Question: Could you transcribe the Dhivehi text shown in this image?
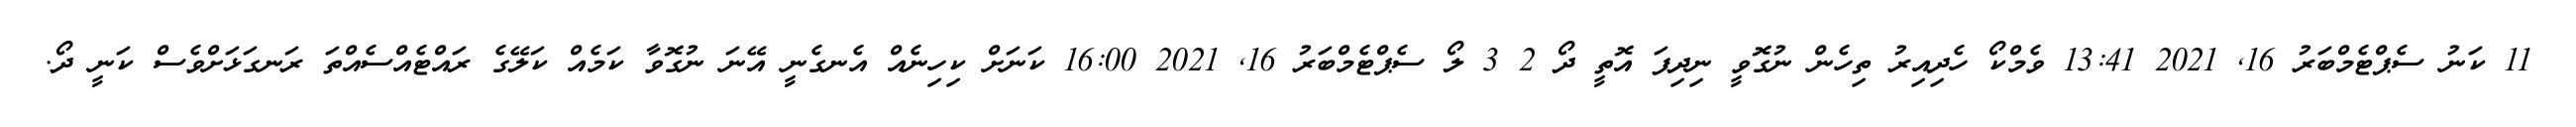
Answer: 11 ކަނު ސެޕްޓެމްބަރު 16, 2021 13:41 ވެމްކޯ ހެދިއިރު ތިހެން ނުގޮވީ ނިދިފަ އޮތީ ދޯ 2 3 ލޯ ސެޕްޓެމްބަރު 16, 2021 16:00 ކަނަށް ކިހިނެއް އެނގެނީ އޭނަ ނުގޮވާ ކަމެއް ކަލޭގެ ރައްޓެއްސެއްތަ ރަނގަޅަށްވެސް ކަނީ ދޯ.